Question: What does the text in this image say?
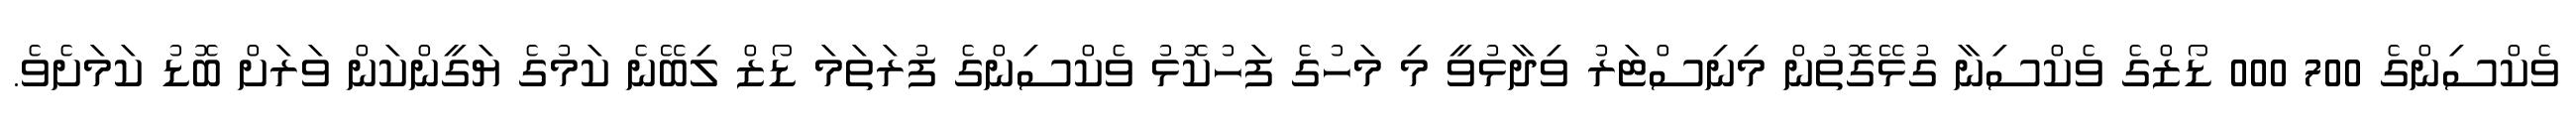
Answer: ވެކްސިންގެ 700 000 ޑޯޒްގެ ވެކްސިނާ ގުޅޭގޮތުން މިނިސްޓަރު ވިދާޅުވީ މި މަހުގެ ފަހުކޮޅު ވެކްސިންގެ ފުރަތަމަ ޑޯޒް ލިބޭނެ ކަމުގެ ޔަގީންކަން ވަރަށް ބޮޑު ކަމަށެވެ.